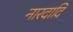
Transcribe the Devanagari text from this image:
नारदादि